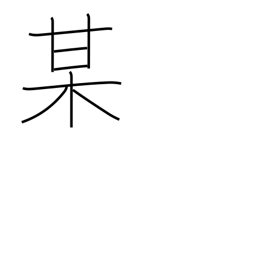
Meaning: so-and-so